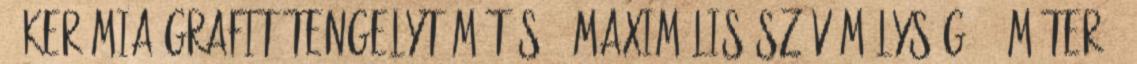
, Kerámia-grafit tengelytömítés , Maximális szívómélység: 9 méter ,